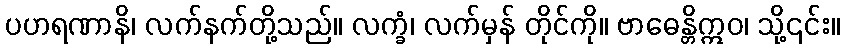
ပဟရဏာနိ၊ လက်နက်တို့သည်။ လက္ခံ၊ လက်မှန် တိုင်ကို။ ဗာဓေန္တိဣဝ၊ သို့၎င်း။